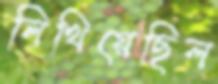
লিখিয়েছিল